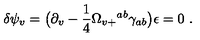
\delta \psi _ { v } = \bigl ( \partial _ { v } - { \frac { 1 } { 4 } } \Omega _ { v + } { } ^ { a b } \gamma _ { a b } \bigr ) \epsilon = 0 \ .